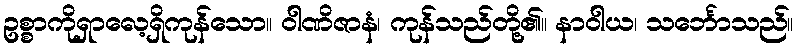
ဥစ္စာကိုရှာလေ့ရှိကုန်သော။ ဝါဏိဇာနံ၊ ကုန်သည်တို့၏။ နာဝါယ၊ သင်္ဘောသည်။